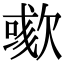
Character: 𣤁